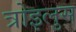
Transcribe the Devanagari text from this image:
त्रोइलुस